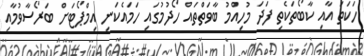
ހަކަތަ އާއި ކާބޯތަކެތި ފަދަ މުހިއްމު ބާވަތްތައް ހޯދުމުގައި ހަމައެކަނި އިމްޕޯޓަށް ބަރޯސާވުމާއި